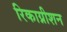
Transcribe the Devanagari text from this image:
रिकाग्नीशन